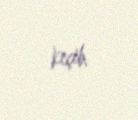
keçib.